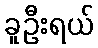
ခူဦးရယ်